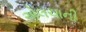
એલચાની